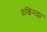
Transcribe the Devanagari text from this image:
तडिमल्ला